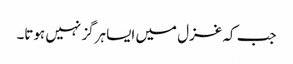
جب کہ غزل میں ایسا ہرگز نہیں ہوتا۔